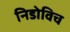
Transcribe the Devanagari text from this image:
निडोविच